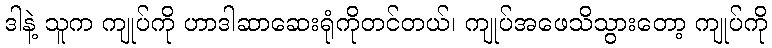
ဒါနဲ့ သူက ကျုပ်ကို ဟာဒါဆာဆေးရုံကိုတင်တယ်၊ ကျုပ်အဖေသိသွားတော့ ကျုပ်ကို